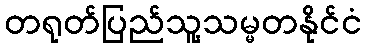
တရုတ်ပြည်သူ့သမ္မတနိုင်ငံ